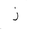
Letter: _zay